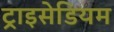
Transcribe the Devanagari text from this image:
ट्राइसेडियम